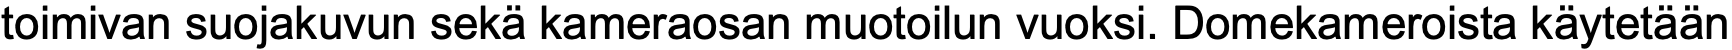
toimivan suojakuvun sekä kameraosan muotoilun vuoksi. Domekameroista käytetään